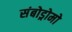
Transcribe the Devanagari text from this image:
संबोड्रोमो